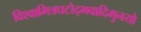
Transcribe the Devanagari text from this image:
विश्वामित्रघटोद्भवादिमुनयो